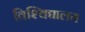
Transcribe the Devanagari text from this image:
विश्‍विद्यालय